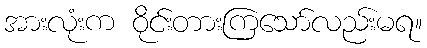
အားလုံးက ဝိုင်းတားကြသော်လည်းမရ။